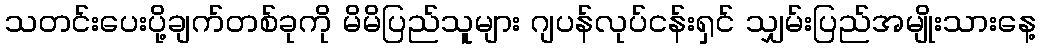
သတင်းပေးပို့ချက်တစ်ခုကို မိမိပြည်သူများ ဂျပန်လုပ်ငန်းရှင် သျှမ်းပြည်အမျိုးသားနေ့